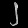
Digit: ၂